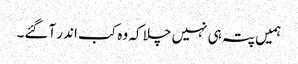
ہمیں پتہ ہی نہیں چلا کہ وہ کب اندر آگئے۔